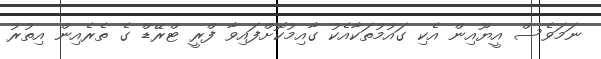
ނަމަވެސް އީޔޫއިން އެކި ގައުމުތަކާއެކު ގާއިމުކޮށްފައިވާ ފްރީ ޓްރޭޑް ގެ ތެރެއިން އިތުރު